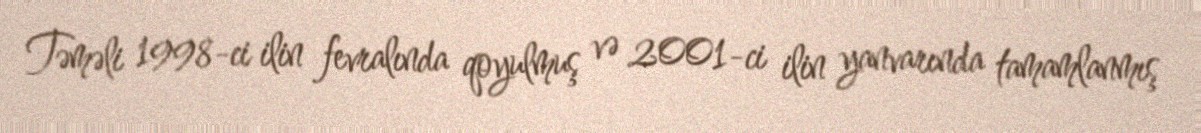
Təməli 1998-ci ilin fevralında qoyulmuş və 2001-ci ilin yanvarında tamamlanmış